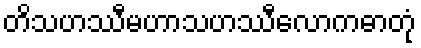
တိသဟဿီမဟာသဟဿီလောကဓာတုံ